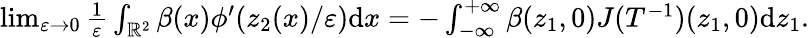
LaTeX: \begin{array}{r}{\operatorname*{lim}_{\varepsilon\to 0}\frac{1}{\varepsilon}\int_{\mathbb{R}^{2}}\beta(x)\phi^{\prime}(z_{2}(x)/\varepsilon)\textrm{d}x=-\int_{-\infty}^{+\infty}\beta(z_{1},0)J(T^{-1})(z_{1},0)\textrm{d}z_{1}.}\end{array}